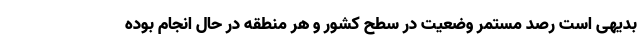
بدیهی است رصد مستمر وضعیت در سطح کشور و هر منطقه در حال انجام بوده